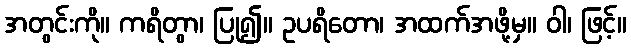
အတွင်းကို။ ကရိတွာ၊ ပြု၍။ ဥပရိတော၊ အထက်အဖို့မှ။ ဝါ၊ ဖြင့်။